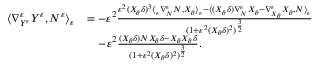
\begin{array} { r l } { \langle \nabla _ { Y ^ { \varepsilon } } ^ { \varepsilon } Y ^ { \varepsilon } , N ^ { \varepsilon } \rangle _ { \varepsilon } } & { = - \varepsilon ^ { 2 } \frac { \varepsilon ^ { 2 } ( X _ { \theta } \delta ) ^ { 3 } \langle _ { \varepsilon } \nabla _ { N } ^ { \varepsilon } N , X _ { \theta } \rangle _ { \varepsilon } - \langle ( X _ { \theta } \delta ) \nabla _ { N } ^ { \varepsilon } X _ { \theta } - \nabla _ { X _ { \theta } } ^ { \varepsilon } X _ { \theta } , N \rangle _ { \varepsilon } } { ( 1 + \varepsilon ^ { 2 } ( X _ { \theta } \delta ) ^ { 2 } ) ^ { \frac { 3 } { 2 } } } } \\ & { \quad - \varepsilon ^ { 2 } \frac { ( X _ { \theta } \delta ) N X _ { \theta } \delta - X _ { \theta } X _ { \theta } \delta } { ( 1 + \varepsilon ^ { 2 } ( X _ { \theta } \delta ) ^ { 2 } ) ^ { \frac { 3 } { 2 } } } . } \end{array}